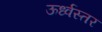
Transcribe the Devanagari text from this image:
ऊर्ध्वस्तर